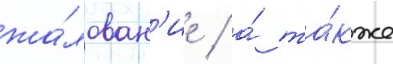
жа́лован'ие / а́ та́кже